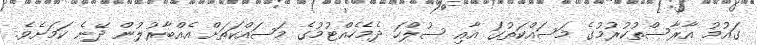
ގައުމު އާރާސްތުކުރުމުގެ މަސައްކަތުގަ އާއި ސުލްހަ ދެމެހެއްޓުމުގެ މަސައްކަތަށް އެއްބާރުލުން ދޭނެ ކަމަށެވެ.